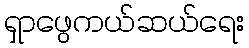
ရှာဖွေကယ်ဆယ်ရေး